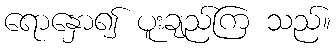
ရောနှော၍ ပူးချည်ကြ သည်။